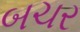
બચર